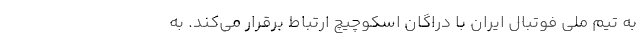
به تیم ملی فوتبال ایران با دراگان اسکوچیچ ارتباط برقرار می‌کند. به